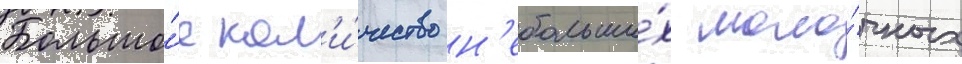
Большо́е кол'и́чество н'ебольши́х моло́чных